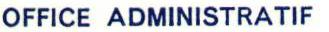
OFFICE ADMINISTRATIF